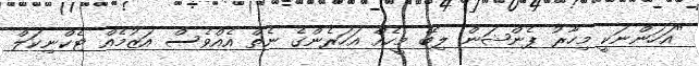
"އަހަންނަކީ މިހާރު ޕެންޝަން ލިބޭ މީހެއް އަހަރެންގެ ނެތް އެއްވެސް އަޒުމެއް ޓެކްނިކަލް